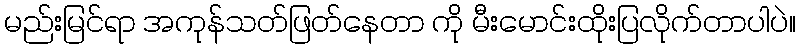
မည်းမြင်ရာ အကုန်သတ်ဖြတ်နေတာ ကို မီးမောင်းထိုးပြလိုက်တာပါပဲ။